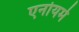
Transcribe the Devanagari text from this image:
एनोयमे